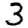
Digit: 3